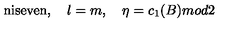
\mathrm { n i s e v e n } , \quad \l = m , \quad \eta = c _ { 1 } ( B ) m o d 2